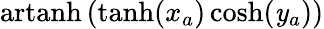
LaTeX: \operatorname{artanh}\left(\operatorname{tanh}(x_{a})\cosh(\mathit{y}_{a})\right)